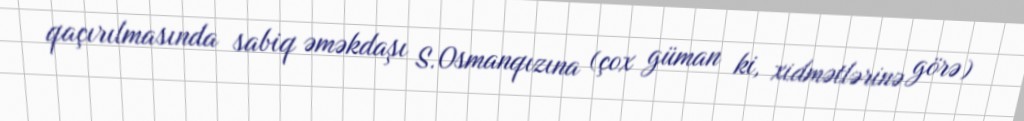
qaçırılmasında sabiq əməkdaşı S.Osmanqızına (çox güman ki, xidmətlərinə görə)